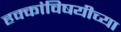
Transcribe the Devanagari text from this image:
हक्कांविषयीच्या